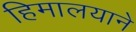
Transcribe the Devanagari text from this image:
हिमालयाने